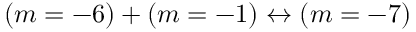
( m = - 6 ) + ( m = - 1 ) \leftrightarrow ( m = - 7 )